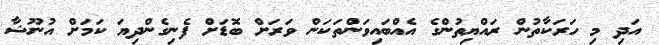
އަދި މި ހަރަކާތުން ރައްޔިތުންގެ އެއްބައިވަންތަކަން ވަރަށް ބޮޑަށް ފެނިގެންދިޔަ ކަމަށް އުނޫޝާ